Lunatic asylums in Bengal annual reports 1899-1911 - 1899-1911
Year: 1899
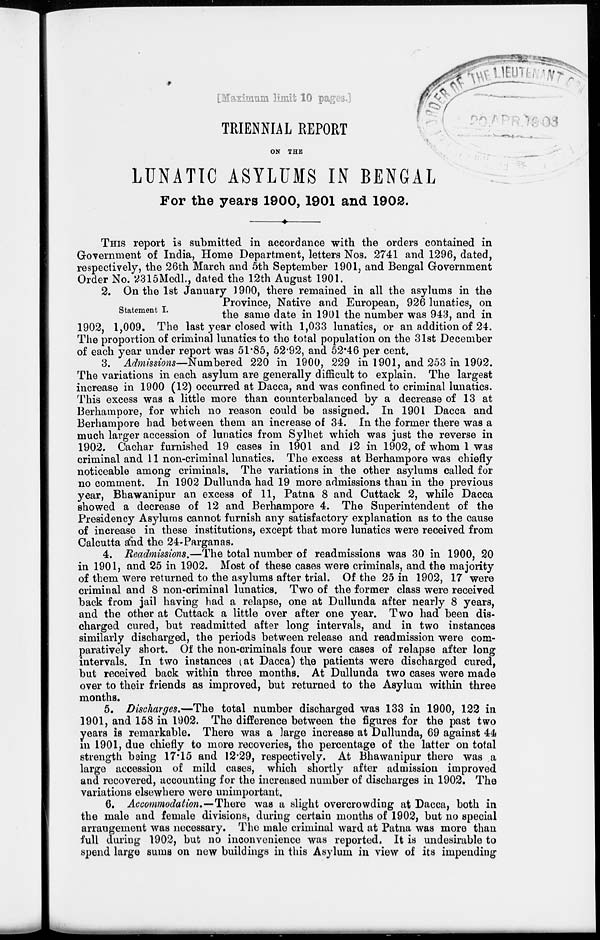
[Maximum limit 10 pages.]
TRIENNIAL REPORT
ON THE
LUNATIC ASYLUMS IN BENGAL
For the years 1900, 1901 and 1902.
THIS report is submitted in accordance with the orders contained in
Government of India, Home Department, letters Nos. 2741 and 1296, dated,
respectively, the 26th March and 5th September 1901, and Bengal Government
Order No. 2315Medl., dated the 12th August 1901.
Statement I.
2. On the 1st January 1900, there remained in all the asylums in the
Province, Native and European, 926 lunatics, on
the same date in 1901 the number was 943, and in
1902, 1,009. The last year closed with 1,033 lunatics, or an addition of 24.
The proportion of criminal lunatics to the total population on the 31st December
of each year under report was 51.85, 52.92, and 52.46 per cent.
3. Admissions—Numbered 220 in 1900, 229 in 1901, and 253 in 1902.
The variations in each asylum are generally difficult to explain. The largest
increase in 1900 (12) occurred at Dacca, and was confined to criminal lunatics.
This excess was a little more than counterbalanced by a decrease of 13 at
Berhampore, for which no reason could be assigned. In 1901 Dacca and
Berhampore had between them an increase of 34. In the former there was a
much larger accession of lunatics from Sylhet which was just the reverse in
1902. Cachar furnished 19 cases in 1901 and 12 in 1902, of whom 1 was
criminal and 11 non-criminal lunatics. The excess at Berhampore was chiefly
noticeable among criminals. The variations in the other asylums called for
no comment. In 1902 Dullunda had 19 more admissions than in the previous
year, Bhawanipur an excess of 11, Patna 8 and Cuttack 2, while Dacca
showed a decrease of 12 and Berhampore 4. The Superintendent of the
Presidency Asylums cannot furnish any satisfactory explanation as to the cause
of increase in these institutions, except that more lunatics were received from
Calcutta and the 24-Parganas.
4. Readmissions.—The total number of readmissions was 30 in 1900, 20
in 1901, and 25 in 1902. Most of these cases were criminals, and the majority
of them were returned to the asylums after trial. Of the 25 in 1902, 17 were
criminal and 8 non-criminal lunatics. Two of the former class were received
back from jail having had a relapse, one at Dullunda after nearly 8 years,
and the other at Cuttack a little over after one year. Two had been dis-
charged cured, but readmitted after long intervals, and in two instances
similarly discharged, the periods between release and readmission were com-
paratively short. Of the non-criminals four were cases of relapse after long
intervals. In two instances (at Dacca) the patients were discharged cured,
but received back within three months. At Dullunda two cases were made
over to their friends as improved, but returned to the Asylum within three
months.
5. Discharges.—The total number discharged was 133 in 1900, 122 in
1901, and 158 in 1902. The difference between the figures for the past two
years is remarkable. There was a large increase at Dullunda, 69 against 44
in 1901, due chiefly to more recoveries, the percentage of the latter on total
strength being 17.15 and 12.29, respectively. At Bhawanipur there was a
large accession of mild cases, which shortly after admission improved
and recovered, accounting for the increased number of discharges in 1902. The
variations elsewhere were unimportant.
6. Accommodation.—There was a slight overcrowding at Dacca, both in
the male and female divisions, during certain months of 1902, but no special
arrangement was necessary. The male criminal ward at Patna was more than
full during 1902, but no inconvenience was reported. It is undesirable to
spend large sums on new buildings in this Asylum in view of its impending